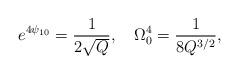
LaTeX: \begin{align*}e^{4\psi_{10}}=\frac{1}{2\sqrt{Q}},~~~\Omega_0^4=\frac{1}{8Q^{3/2}} ,\end{align*}